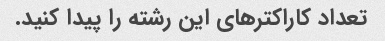
تعداد کاراکترهای این رشته را پیدا کنید.